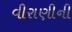
વીરાણીની